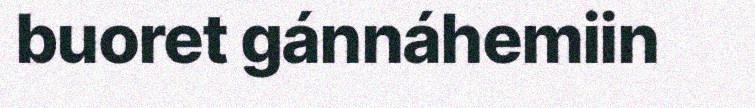
buoret gánnáhemiin